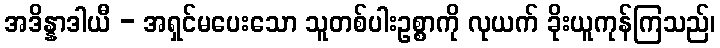
အဒိန္နာဒါယီ - အရှင်မပေးသော သူတစ်ပါးဥစ္စာကို လုယက် ခိုးယူကုန်ကြသည်၊